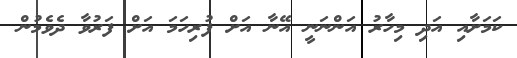
ކަމަށާއި އަދި މިހާރު އަންނަނީ އޭނާ އަށް ފުރިހަމަ އަށް ފަރުވާ ދެވެމުން